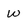
Character: w